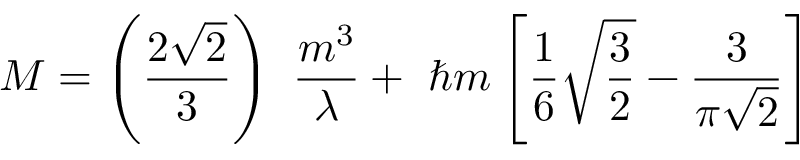
M = \left( \frac { 2 \sqrt { 2 } } { 3 } \right) ~ \frac { m ^ { 3 } } { \lambda } + ~ \hbar m \left[ \frac { 1 } { 6 } \sqrt { \frac { 3 } { 2 } } - \frac { 3 } { \pi \sqrt { 2 } } \right]